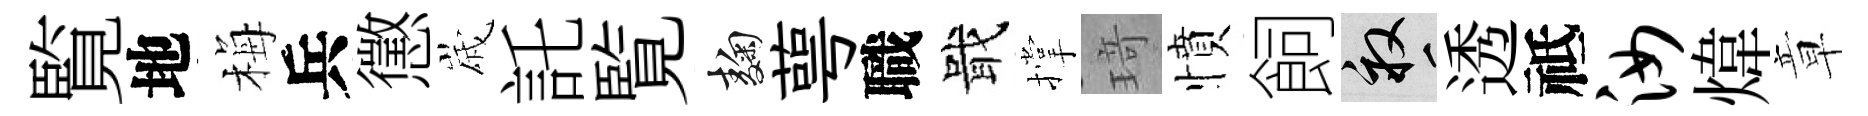
覧地梅兵懲𡻕託覧麹萼職戢撑𤦺憤飼畝透祗汝煒章